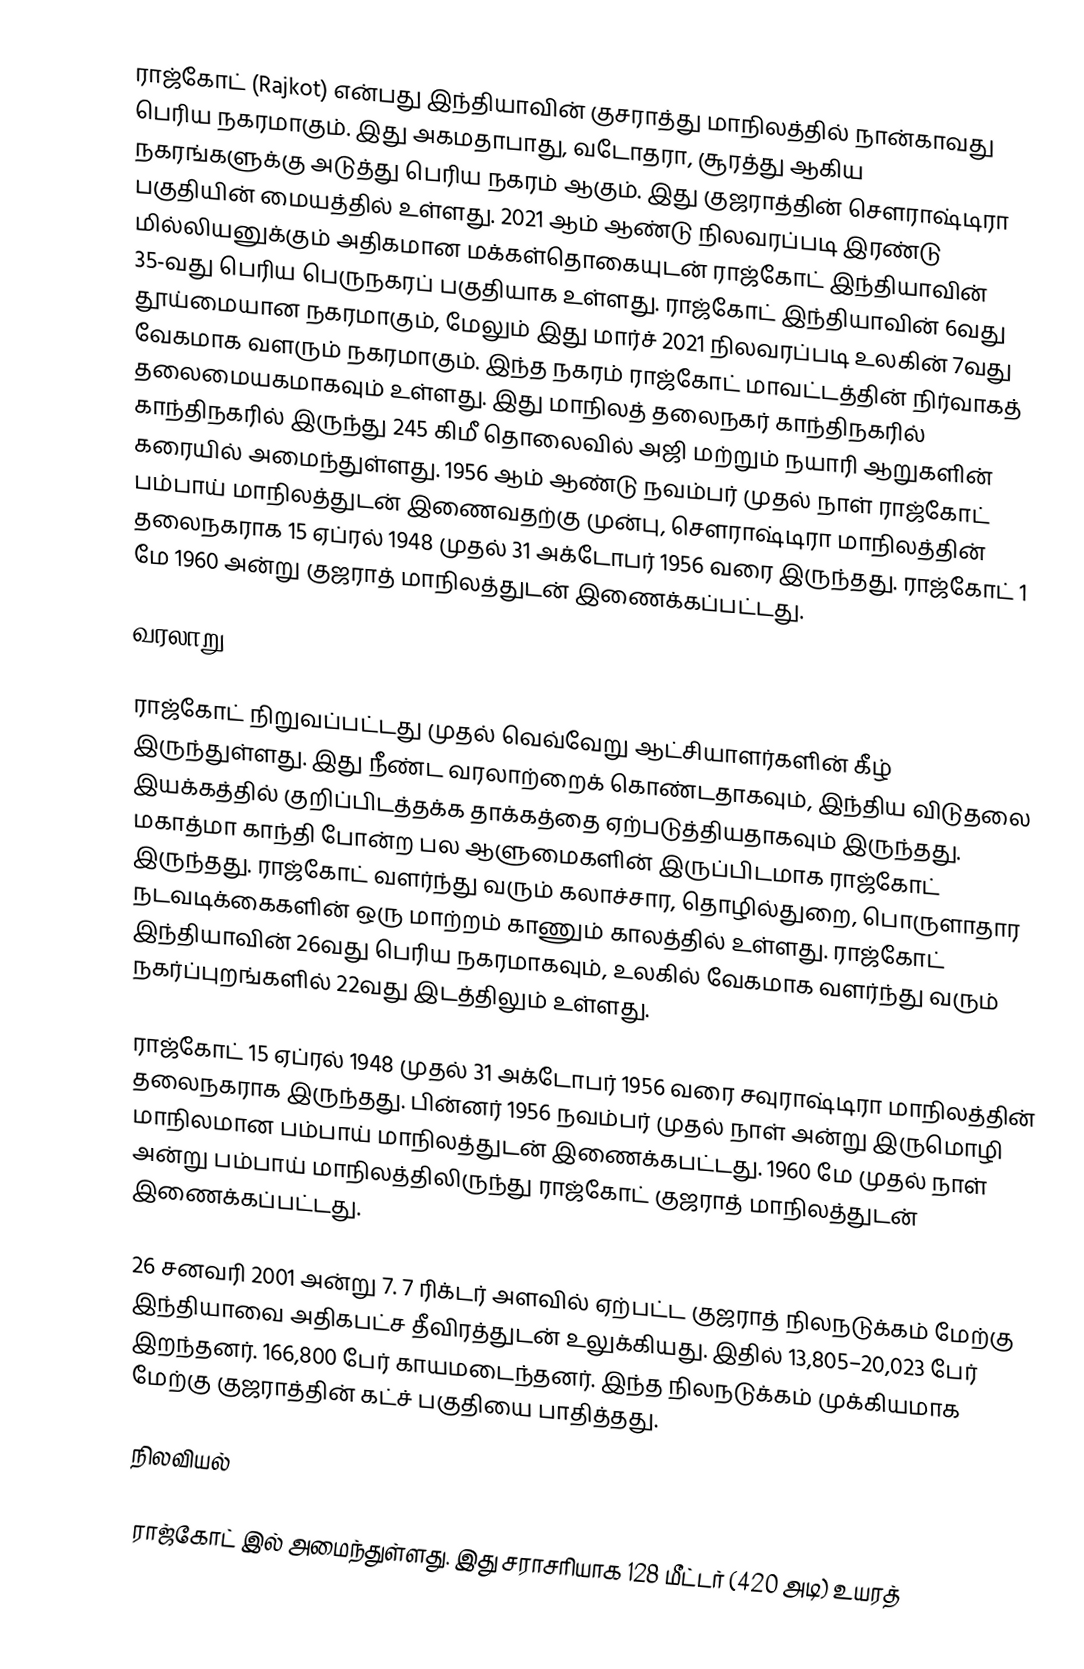
ராஜ்கோட் (Rajkot) என்பது இந்தியாவின் குசராத்து மாநிலத்தில் நான்காவது பெரிய  நகரமாகும். இது அகமதாபாது, வடோதரா, சூரத்து ஆகிய நகரங்களுக்கு அடுத்து பெரிய நகரம் ஆகும். இது குஜராத்தின் சௌராஷ்டிரா பகுதியின் மையத்தில் உள்ளது. 2021 ஆம் ஆண்டு நிலவரப்படி இரண்டு மில்லியனுக்கும் அதிகமான மக்கள்தொகையுடன் ராஜ்கோட் இந்தியாவின் 35-வது பெரிய பெருநகரப் பகுதியாக உள்ளது. ராஜ்கோட் இந்தியாவின் 6வது தூய்மையான  நகரமாகும், மேலும் இது மார்ச் 2021 நிலவரப்படி உலகின் 7வது வேகமாக வளரும் நகரமாகும். இந்த நகரம் ராஜ்கோட் மாவட்டத்தின் நிர்வாகத் தலைமையகமாகவும் உள்ளது. இது மாநிலத் தலைநகர் காந்திநகரில்  காந்திநகரில் இருந்து 245 கிமீ தொலைவில் அஜி மற்றும் நயாரி ஆறுகளின் கரையில் அமைந்துள்ளது. 1956 ஆம் ஆண்டு நவம்பர் முதல் நாள் ராஜ்கோட் பம்பாய் மாநிலத்துடன் இணைவதற்கு முன்பு, சௌராஷ்டிரா மாநிலத்தின் தலைநகராக 15 ஏப்ரல் 1948 முதல் 31 அக்டோபர் 1956 வரை இருந்தது. ராஜ்கோட் 1 மே 1960 அன்று குஜராத் மாநிலத்துடன் இணைக்கப்பட்டது.

வரலாறு

ராஜ்கோட் நிறுவப்பட்டது முதல் வெவ்வேறு ஆட்சியாளர்களின் கீழ் இருந்துள்ளது. இது  நீண்ட வரலாற்றைக் கொண்டதாகவும்,  இந்திய விடுதலை இயக்கத்தில் குறிப்பிடத்தக்க தாக்கத்தை ஏற்படுத்தியதாகவும் இருந்தது. மகாத்மா காந்தி போன்ற பல ஆளுமைகளின் இருப்பிடமாக ராஜ்கோட் இருந்தது. ராஜ்கோட் வளர்ந்து வரும் கலாச்சார, தொழில்துறை, பொருளாதார நடவடிக்கைகளின் ஒரு மாற்றம் காணும் காலத்தில் உள்ளது. ராஜ்கோட் இந்தியாவின் 26வது பெரிய நகரமாகவும், உலகில் வேகமாக வளர்ந்து வரும் நகர்ப்புறங்களில் 22வது இடத்திலும் உள்ளது.

ராஜ்கோட்  15 ஏப்ரல் 1948 முதல் 31 அக்டோபர் 1956 வரை சவுராஷ்டிரா மாநிலத்தின் தலைநகராக இருந்தது. பின்னர்  1956 நவம்பர் முதல் நாள் அன்று இருமொழி மாநிலமான பம்பாய் மாநிலத்துடன் இணைக்கபட்டது. 1960 மே முதல் நாள்  அன்று பம்பாய் மாநிலத்திலிருந்து ராஜ்கோட் குஜராத் மாநிலத்துடன் இணைக்கப்பட்டது.

26 சனவரி 2001 அன்று 7. 7 ரிக்டர் அளவில் ஏற்பட்ட குஜராத் நிலநடுக்கம் மேற்கு இந்தியாவை அதிகபட்ச தீவிரத்துடன் உலுக்கியது. இதில் 13,805–20,023 பேர் இறந்தனர்.  166,800 பேர் காயமடைந்தனர். இந்த நிலநடுக்கம் முக்கியமாக மேற்கு குஜராத்தின் கட்ச் பகுதியை பாதித்தது.

நிலவியல்

ராஜ்கோட்  இல் அமைந்துள்ளது. இது சராசரியாக 128 மீட்டர் (420 அடி) உயரத்